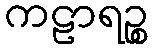
ကဠာရဉ္စ